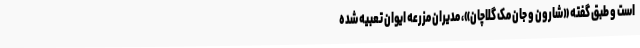
است و طبق گفته «شارون و جان مک گلاچان»، مدیران مزرعه ایوان تعبیه شده